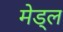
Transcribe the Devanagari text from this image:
मेड्ल